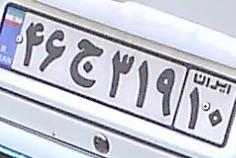
۴۶ج۳۱۹۱۰